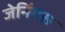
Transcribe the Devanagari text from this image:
जेनिंगस